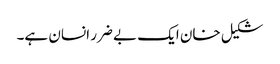
شکیل خان ایک بے ضرر انسان ہے۔